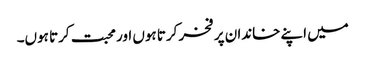
میں اپنے خاندان پر فخر کرتا ہوں اور محبت کرتا ہوں۔